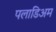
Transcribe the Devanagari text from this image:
पलाडिअम